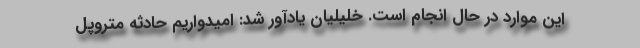
این موارد در حال انجام است. خلیلیان یادآور شد: امیدواریم حادثه متروپل